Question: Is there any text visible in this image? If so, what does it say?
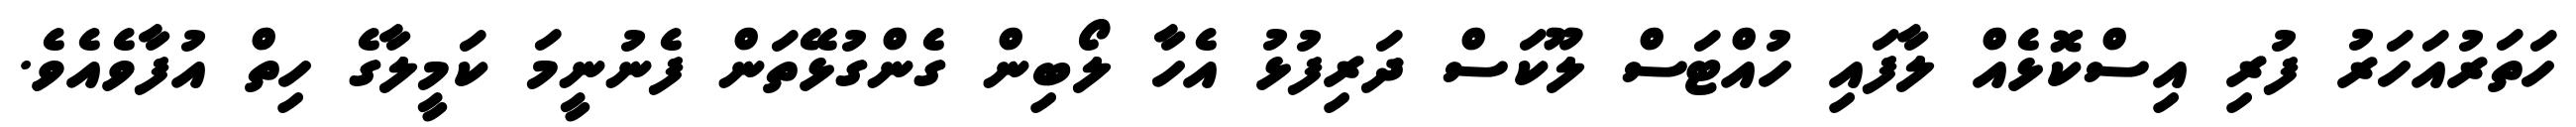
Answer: ހަތަރުއަހަރު ފުރި އިސްކޮޅެއް ލާފައި ހުއްޓަސް ލޫކަސް ދަރިފުޅު އެހާ ލޯބިން ގެންގުޅޭތަން ފެނުނީމަ ކަމީލާގެ ހިތް އުފާވެއެވެ.